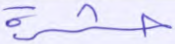
حشرة